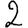
Digit: 2